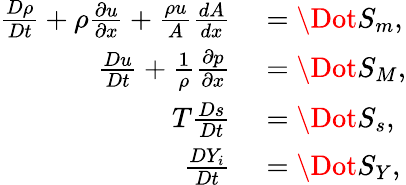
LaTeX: \begin{array}{rl}{\frac{D\rho}{Dt}+\rho\frac{\partial u}{\partial x}+\frac{\rho u}{A}\frac{dA}{dx}}&{{}={\Dot{S}_{m}},}\\ {\frac{Du}{Dt}+\frac{1}{\rho}\frac{\partial p}{\partial x}}&{{}={\Dot{S}_{M}},}\\ {T\frac{Ds}{Dt}}&{{}={\Dot{S}_{s}},}\\ {\frac{DY_{i}}{Dt}}&{{}=\Dot{S_{Y}},}\end{array}